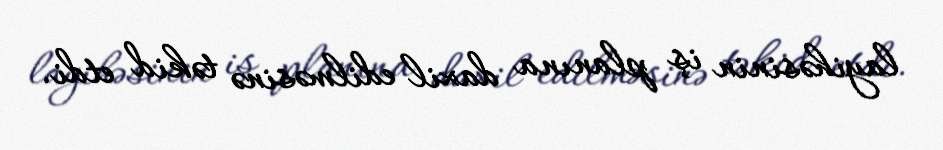
layihəsinin iş planına daxil edilməsinə təkid etdi.